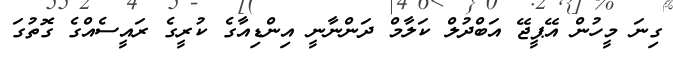
ގިނަ މީހުން އޭޕީޖޭ އަބްދުލް ކަލާމް ދަންނާނީ އިންޑިއާގެ ކުރީގެ ރައީސެއްގެ ގޮތުގަ